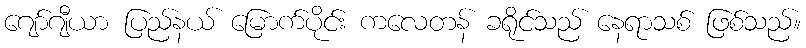
ဂျော်ဂျီယာ ပြည်နယ် မြောက်ပိုင်း ကလေတန် ခရိုင်သည် နေရာသစ် ဖြစ်သည်။